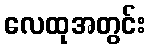
လေထုအတွင်း